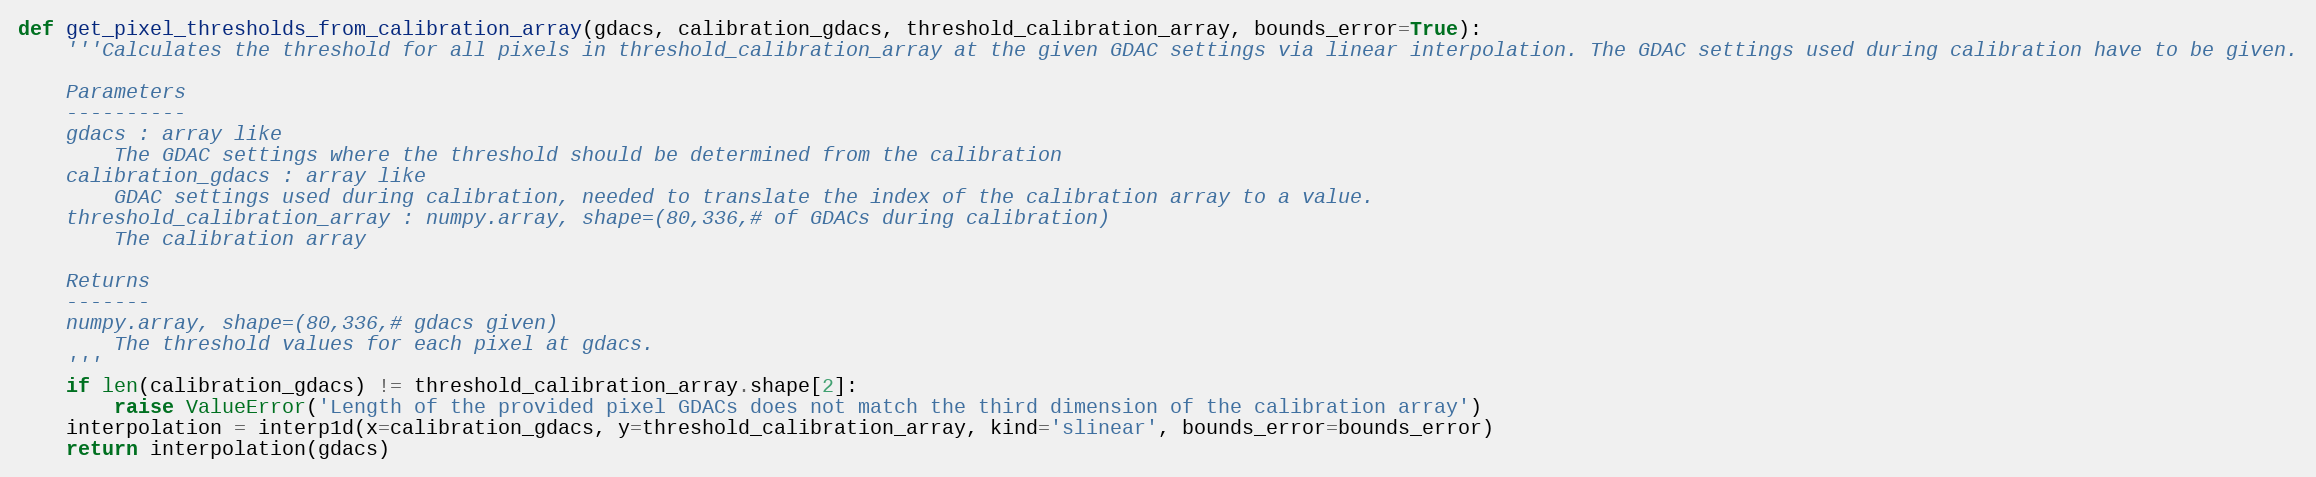
Language: Python
def get_pixel_thresholds_from_calibration_array(gdacs, calibration_gdacs, threshold_calibration_array, bounds_error=True):
    '''Calculates the threshold for all pixels in threshold_calibration_array at the given GDAC settings via linear interpolation. The GDAC settings used during calibration have to be given.

    Parameters
    ----------
    gdacs : array like
        The GDAC settings where the threshold should be determined from the calibration
    calibration_gdacs : array like
        GDAC settings used during calibration, needed to translate the index of the calibration array to a value.
    threshold_calibration_array : numpy.array, shape=(80,336,# of GDACs during calibration)
        The calibration array

    Returns
    -------
    numpy.array, shape=(80,336,# gdacs given)
        The threshold values for each pixel at gdacs.
    '''
    if len(calibration_gdacs) != threshold_calibration_array.shape[2]:
        raise ValueError('Length of the provided pixel GDACs does not match the third dimension of the calibration array')
    interpolation = interp1d(x=calibration_gdacs, y=threshold_calibration_array, kind='slinear', bounds_error=bounds_error)
    return interpolation(gdacs)